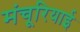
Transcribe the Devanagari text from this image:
मंचूरियाई